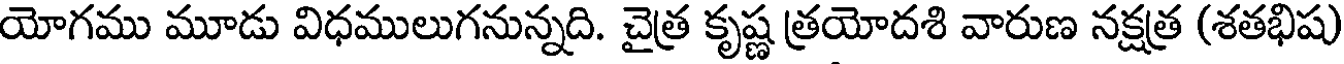
యోగము మూడు విధములుగనున్నది. చైత్ర కృష్ణ త్రయోదశి వారుణ నక్షత్ర (శతభిషు